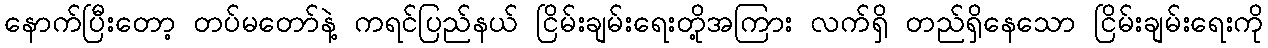
နောက်ပြီးတော့ တပ်မတော်နဲ့ ကရင်ပြည်နယ် ငြိမ်းချမ်းရေးတို့အကြား လက်ရှိ တည်ရှိနေသော ငြိမ်းချမ်းရေးကို